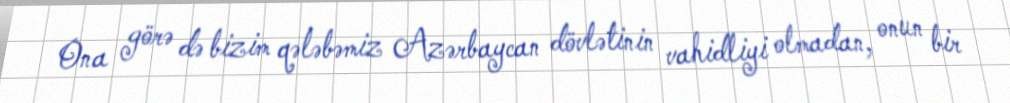
Ona görə də bizim qələbəmiz Azərbaycan dövlətinin vahidliyi olmadan, onun bir